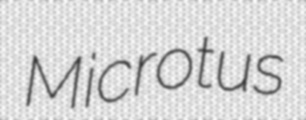
Microtus